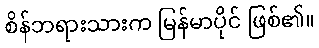
စိန်ဘရားသားက မြန်မာပိုင် ဖြစ်၏။